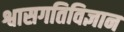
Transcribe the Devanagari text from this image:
श्वासगतिविज्ञान